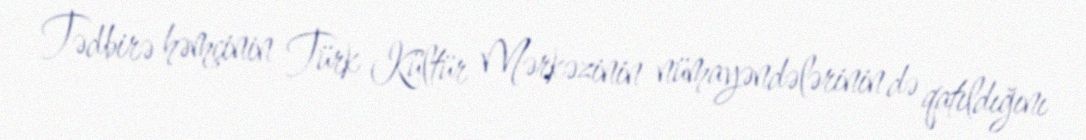
Tədbirə həmçinin Türk Kültür Mərkəzinin nümayəndələrinin də qatıldığını